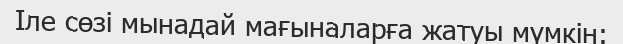
Іле сөзі мынадай мағыналарға жатуы мүмкін: